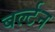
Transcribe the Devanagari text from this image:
बर्ल्टन